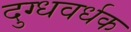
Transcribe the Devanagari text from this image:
दुग्धवर्धक